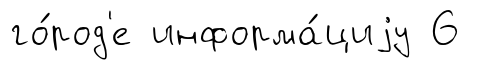
го́род'е информа́циjу 6